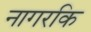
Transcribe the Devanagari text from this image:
नागरकि